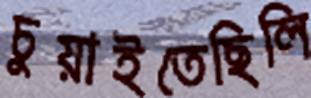
চুয়াইতেছিলি